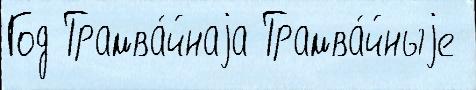
Год Трамва́йнаjа Трамва́йныjе